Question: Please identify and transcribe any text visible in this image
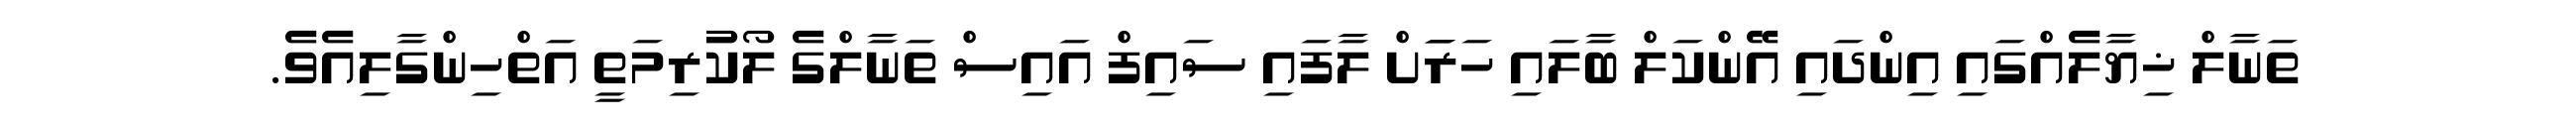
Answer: ތަނާލް ޚިޔާލެއްގައި އިންދައި އޭންކަލް ބާލައި ހަރަަށް ލާފައި ސައިފް އައިސް ތަނާލްގެ ލޯކުރިމަތީ އަތްހިންގާލިއެވެ.